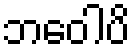
ဘဝေါပိ